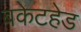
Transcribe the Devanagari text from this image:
बकेटहेड